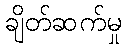
ချိတ်ဆက်မှု